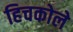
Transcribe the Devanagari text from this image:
हिचकोले